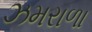
ઝમરાળા